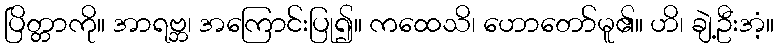
ပြိတ္တာကို။ အာရဗ္ဘ၊ အကြောင်းပြု၍။ ကထေသိ၊ ဟောတော်မူ၏။ ဟိ၊ ချဲ့ဦးအံ့။